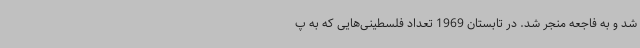
شد و به فاجعه منجر شد. در تابستان 1969 تعداد فلسطینی‌هایی که به پ